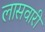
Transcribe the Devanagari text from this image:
लासवारी